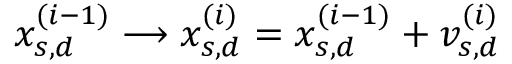
\begin{array} { r } { x _ { s , d } ^ { ( i - 1 ) } \longrightarrow x _ { s , d } ^ { ( i ) } = x _ { s , d } ^ { ( i - 1 ) } + v _ { s , d } ^ { ( i ) } } \end{array}